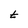
Character: t